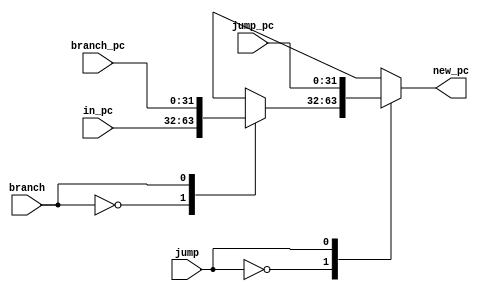
module new_pc(in_pc,jump_pc,branch_pc,jump,branch,new_pc);

  // This module is the final module which decides between taking a branch, jumping or simply adding by 4
  // new_pc is the address of the next instruction to be fetched
  // in_pc is pc simply added by 4
  
  input [31:0]in_pc,jump_pc,branch_pc;
  input jump,branch;

  reg [31:0]temp_pc;

  output reg[31:0] new_pc=0;

  always@(in_pc,jump_pc,branch_pc)
  begin
    case(branch)
      0: temp_pc = in_pc;
      1: temp_pc = branch_pc;
    endcase

    case(jump)
      0: new_pc = temp_pc;
      1: new_pc = jump_pc;
    endcase
  end

endmodule